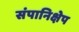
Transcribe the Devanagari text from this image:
संपानिक्षेप